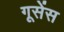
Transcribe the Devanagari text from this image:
गूसेंस